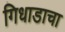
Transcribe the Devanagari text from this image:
गिधाडाचा